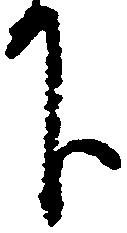
下